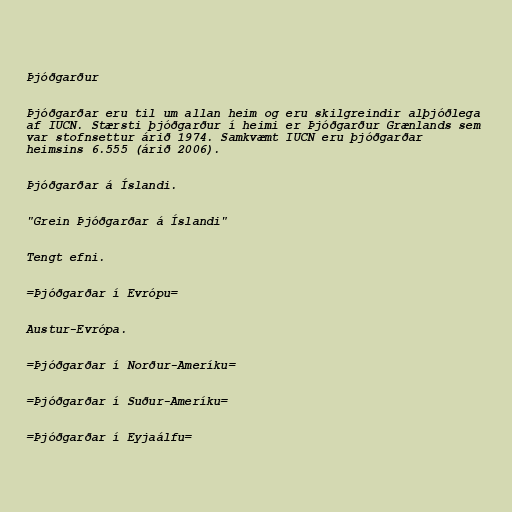
Þjóðgarður

Þjóðgarðar eru til um allan heim og eru skilgreindir alþjóðlega
af IUCN. Stærsti þjóðgarður í heimi er Þjóðgarður Grænlands sem
var stofnsettur árið 1974. Samkvæmt IUCN eru þjóðgarðar
heimsins 6.555 (árið 2006).

Þjóðgarðar á Íslandi.

"Grein Þjóðgarðar á Íslandi"

Tengt efni.

=Þjóðgarðar í Evrópu=

Austur-Evrópa.

=Þjóðgarðar í Norður-Ameríku=

=Þjóðgarðar í Suður-Ameríku=

=Þjóðgarðar í Eyjaálfu=